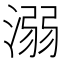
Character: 溺